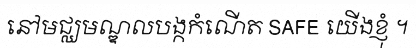
នៅមជ្ឈមណ្ឌលបង្កកំណើត SAFE យើងខ្ញុំ ។